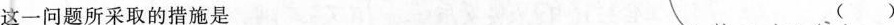
这一问题所采取的措施是 ( )